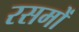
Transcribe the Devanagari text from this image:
रसमों